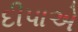
દીપાએ